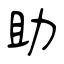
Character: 助